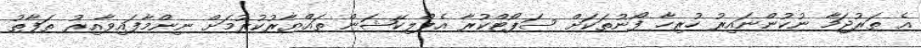
އެ ތަރުޖަމާ ނުކުންނައިރު ހުރިހާ ފޯނުތަކަށް ސަޕޯޓްކުރާ އެޕްލިކޭޝަން ތައްޔާރުކުރުމަށް ނިންމާފައިވާއިރު ތަފާތު